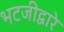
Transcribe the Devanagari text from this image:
भटजीद्वारे